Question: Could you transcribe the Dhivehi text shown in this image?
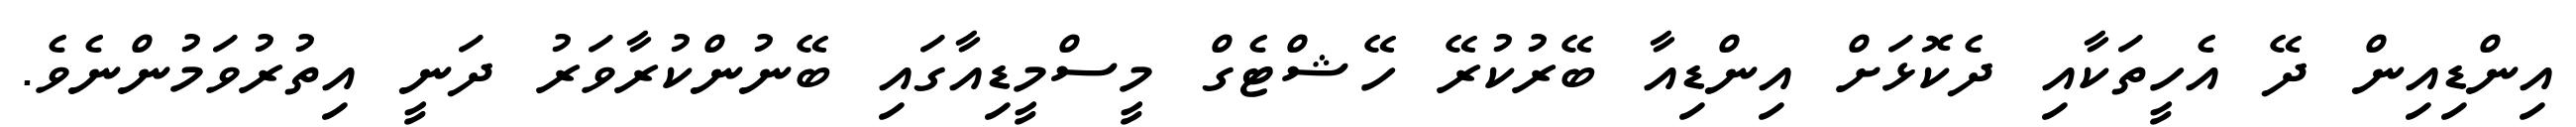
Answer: އިންޑިއިން ދޭ އެހީތަކާއި ދެކޮޅަށް އިންޑިއާ ބޭރުކުރޭ ހޭޝްޓެގް މީސްމީޑިއާގައި ބޭނުންކުރާވަރު ދަނީ އިތުރުވަމުންނެވެ.